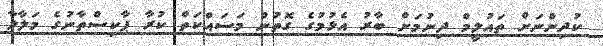
ކުދިންނަށް ތައުލީމް ދިނުމަށް ބާރު އެޅުމުގެ ގޮތުން މަސައްކަތް ކުރާ ޕާކިސްތާނުގެ މަލާލާ